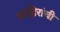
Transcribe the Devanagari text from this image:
शाहिरांची